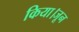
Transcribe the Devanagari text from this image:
किया।जून